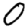
Digit: 0